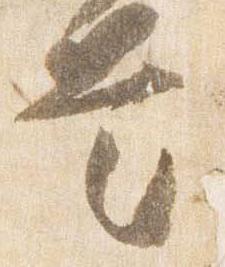
是